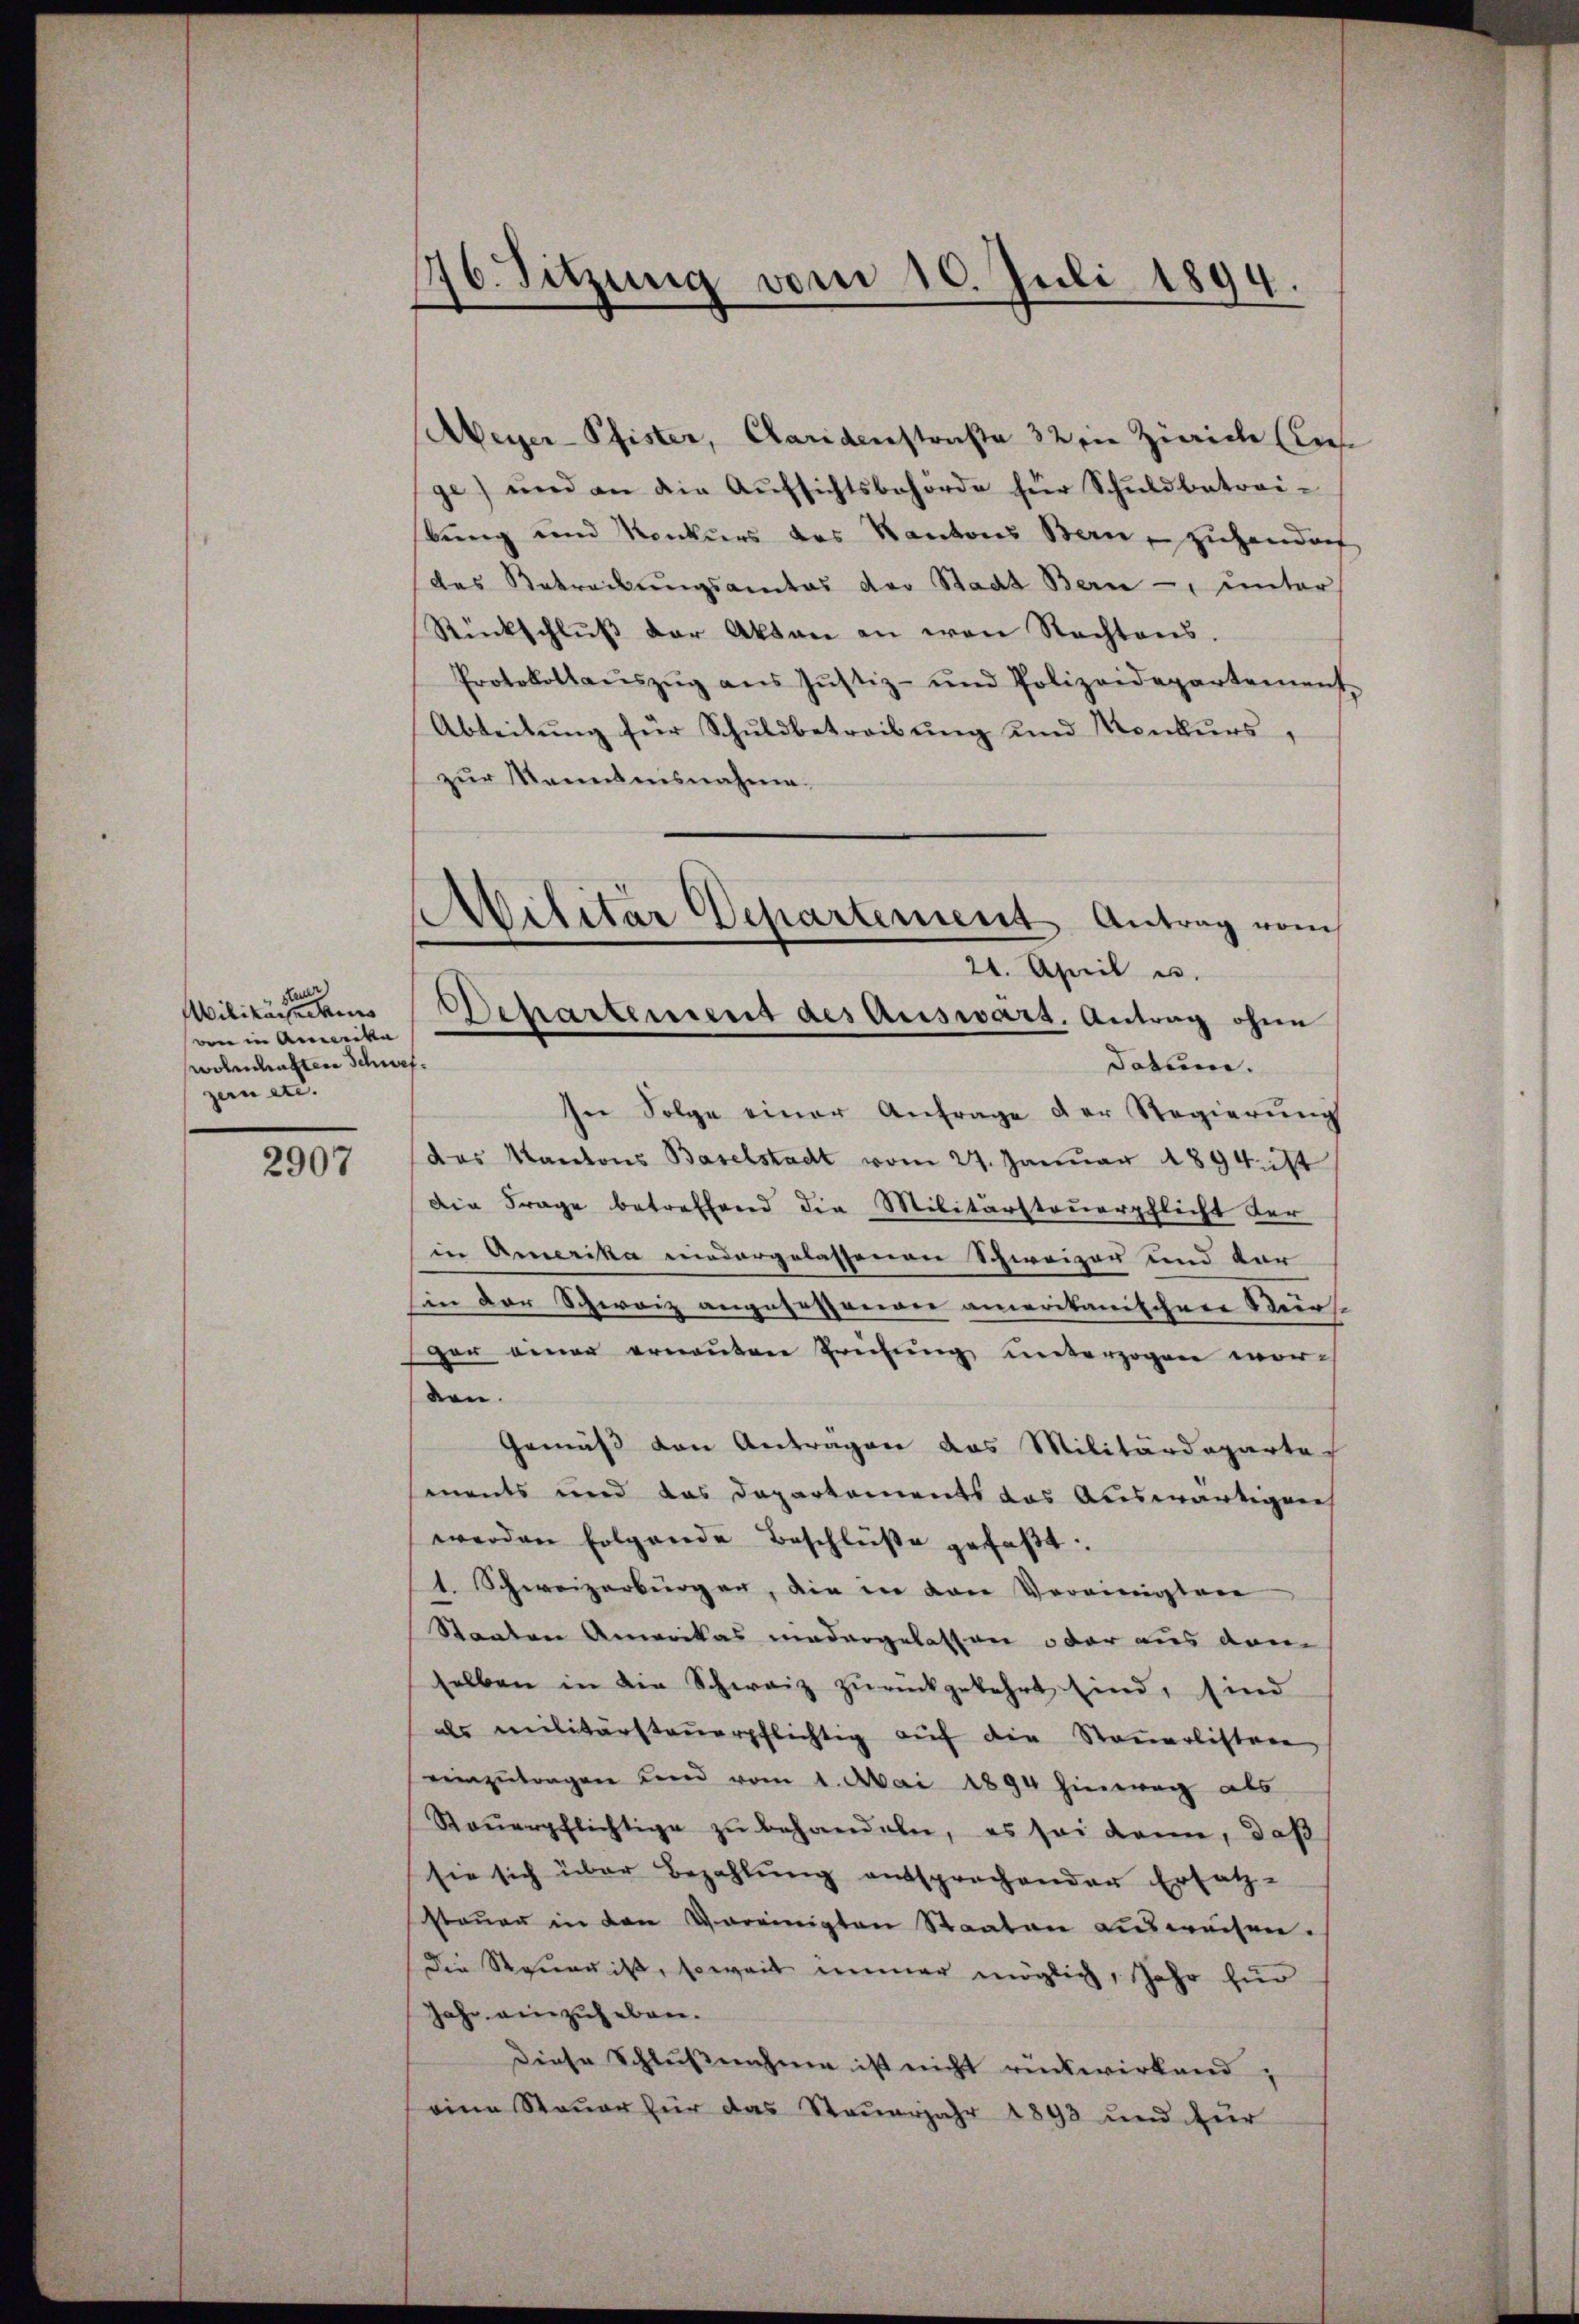
Keul
Militarschins
wen in Amerika |
wohnhaften Schwef
zern etc.

2907

176. Sitzung vom 10. Juli 1894

Aeyer-Pfister, Caridenstraße 32 die Zürich (lies
ge) und an die Aŭfsichtsbehörde für Schuldbetrei-
bung und Konkurs des Kantons Bern, ziehendorf
das Betreibŭngsamtes der Stadt Bern -, unter
Rückschlŭβ der Akten an von Rechtens.
Protokollaŭszŭg aŭs Jŭstiz- und Polizeidepartement-
Abteilung für Schuldbetreibung und Konkurs,
zŭr Kenntnisnahme.
In Folge einer Anfrage der Regierŭng
das Kantons Baselstadt vom 27. Januar 1894 ist
Die Frage betreffend die Militärsteuerpflicht der
in Amerika niedergelassenen Schweizer und dar
Ein der Schweiz angefassono amerikanischen Steir.
ger einer ernanten Prüfung unterzogen worden.
Gemäß den Antragen das Militärdeparte
ments und das Departements das Auswärtigen
werden folgende Beschlüße gefaβt:
t. Schweizerbürger, die in den Vereinigten
Staaten Amerikas niedergelassen oder aus dem
selben in die Schwarz zŭrückgekehrt sind, sind
als militärsteŭerpflichtig auf die Steuerlistere
reinzŭtragen und vom 1. Mai 1894 hinweg als
Steŭerpflichtige zu behandeln, es sei dann, daß
sie sich über Bezahlung entsprechender Ersatz-
steŭer in den Vereinigten Staaten ausweisen.
Die Steŭerist, soweit immer möglich, Jahr für
Jahr einzuheben.
Diese Schlußnahme ist nicht rückwirkend.
eine Steuer für das Steuerjahr 1893 und für

Aivilitar Departement Antrag vom
24. April u.
Departement des Auswart. Antrag ohne
datum.